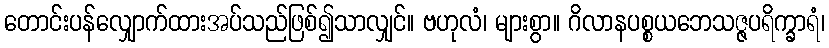
တောင်းပန်လျှောက်ထားအပ်သည်ဖြစ်၍သာလျှင်။ ဗဟုလံ၊ များစွာ။ ဂိလာနပစ္စယဘေသဇ္ဇပရိက္ခာရံ၊